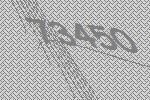
73450